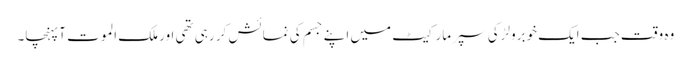
وہ وقت جب ایک خوبرولڑکی سپر مارکیٹ میں اپنے جسم کی نمائش کر رہی تھی اور ملک الموت آپہنچا۔